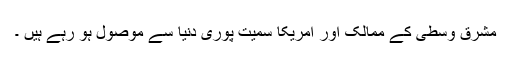
مشرق وسطیٰ کے ممالک اور امریکا سمیت پوری دنیا سے موصول ہو رہے ہیں ۔